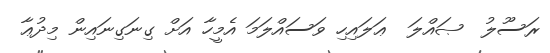
ރަސޫލު  ޞައްލަ  ޢަލައިހި ވަސައްލަމަ އެމީހާ އަށް ގިނަގިނައިން މިދުޢާ